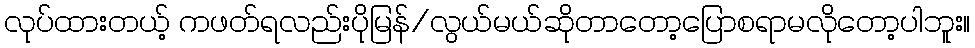
လုပ်ထားတယ့် ကဖတ်ရလည်းပိုမြန်/လွယ်မယ်ဆိုတာတော့ပြောစရာမလိုတော့ပါဘူး။